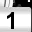
Digit: 1